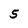
Character: 5